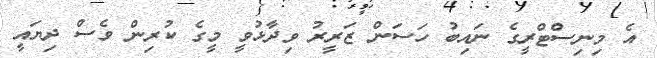
އެ މިނިސްޓްރީގެ ނައިބު ހަސަން ޒަރީރު ވިދާޅުވީ މީގެ ކުރިން ވެސް ދިޔައީ